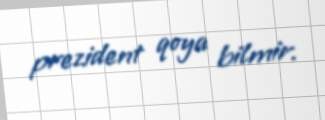
prezident qoya bilmir.